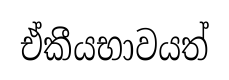
ඒකීයභාවයත්